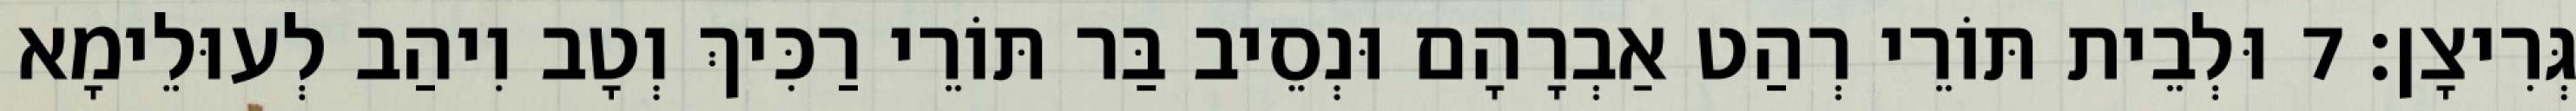
גְּרִיצָן׃ 7 וּלְבֵית תּוֹרֵי רְהַט אַבְרָהָם וּנְסֵיב בַּר תּוֹרֵי רַכִּיךְ וְטָב וִיהַב לְעוּלֵימָא